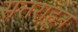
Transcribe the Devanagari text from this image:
सत्तराहून